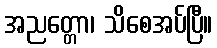
အညတ္တော၊ သိစေအပ်ပြီ။